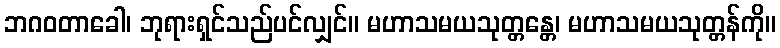
ဘဂဝတာခေါ၊ ဘုရားရှင်သည်ပင်လျှင်။ မဟာသမယသုတ္တန္တေ၊ မဟာသမယသုတ္တန်ကို။